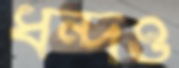
ধন্দও